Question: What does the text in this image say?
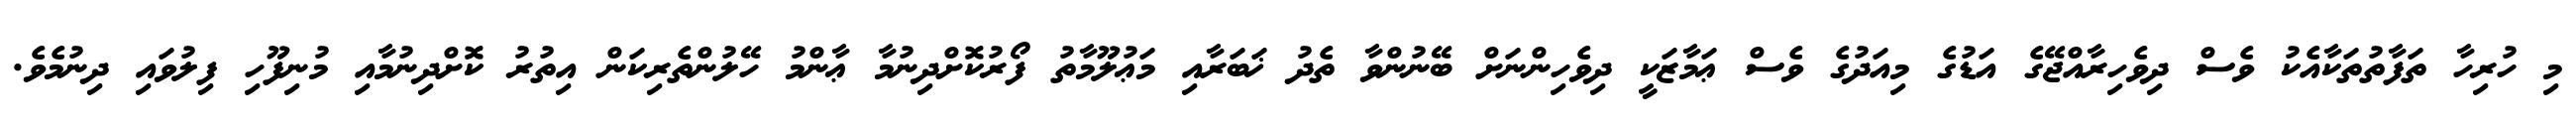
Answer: މި ހުރިހާ ތަފާތުތަކާއެކު ވެސް ދިވެހިރާއްޖޭގެ އަޑުގެ މިއަދުގެ ވެސް ޢަމާޒަކީ ދިވެހިންނަށް ބޭނުންވާ ތެދު ޚަބަރާއި މަޢުލޫމާތު ފޯރުކޮށްދިނުމާ ޢާންމު ހޭލުންތެރިކަން އިތުރު ކޮށްދިނުމާއި މުނިފޫހި ފިލުވައި ދިނުމެވެ.